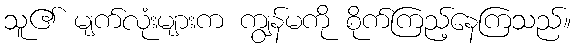
သူ၏ မျက်လုံးများက ကျွန်မကို စိုက်ကြည့်နေကြသည်။